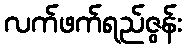
လက်ဖက်ရည်ဇွန်း